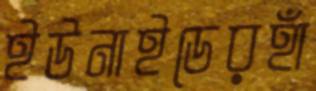
ইউনাইডেরহাঁ